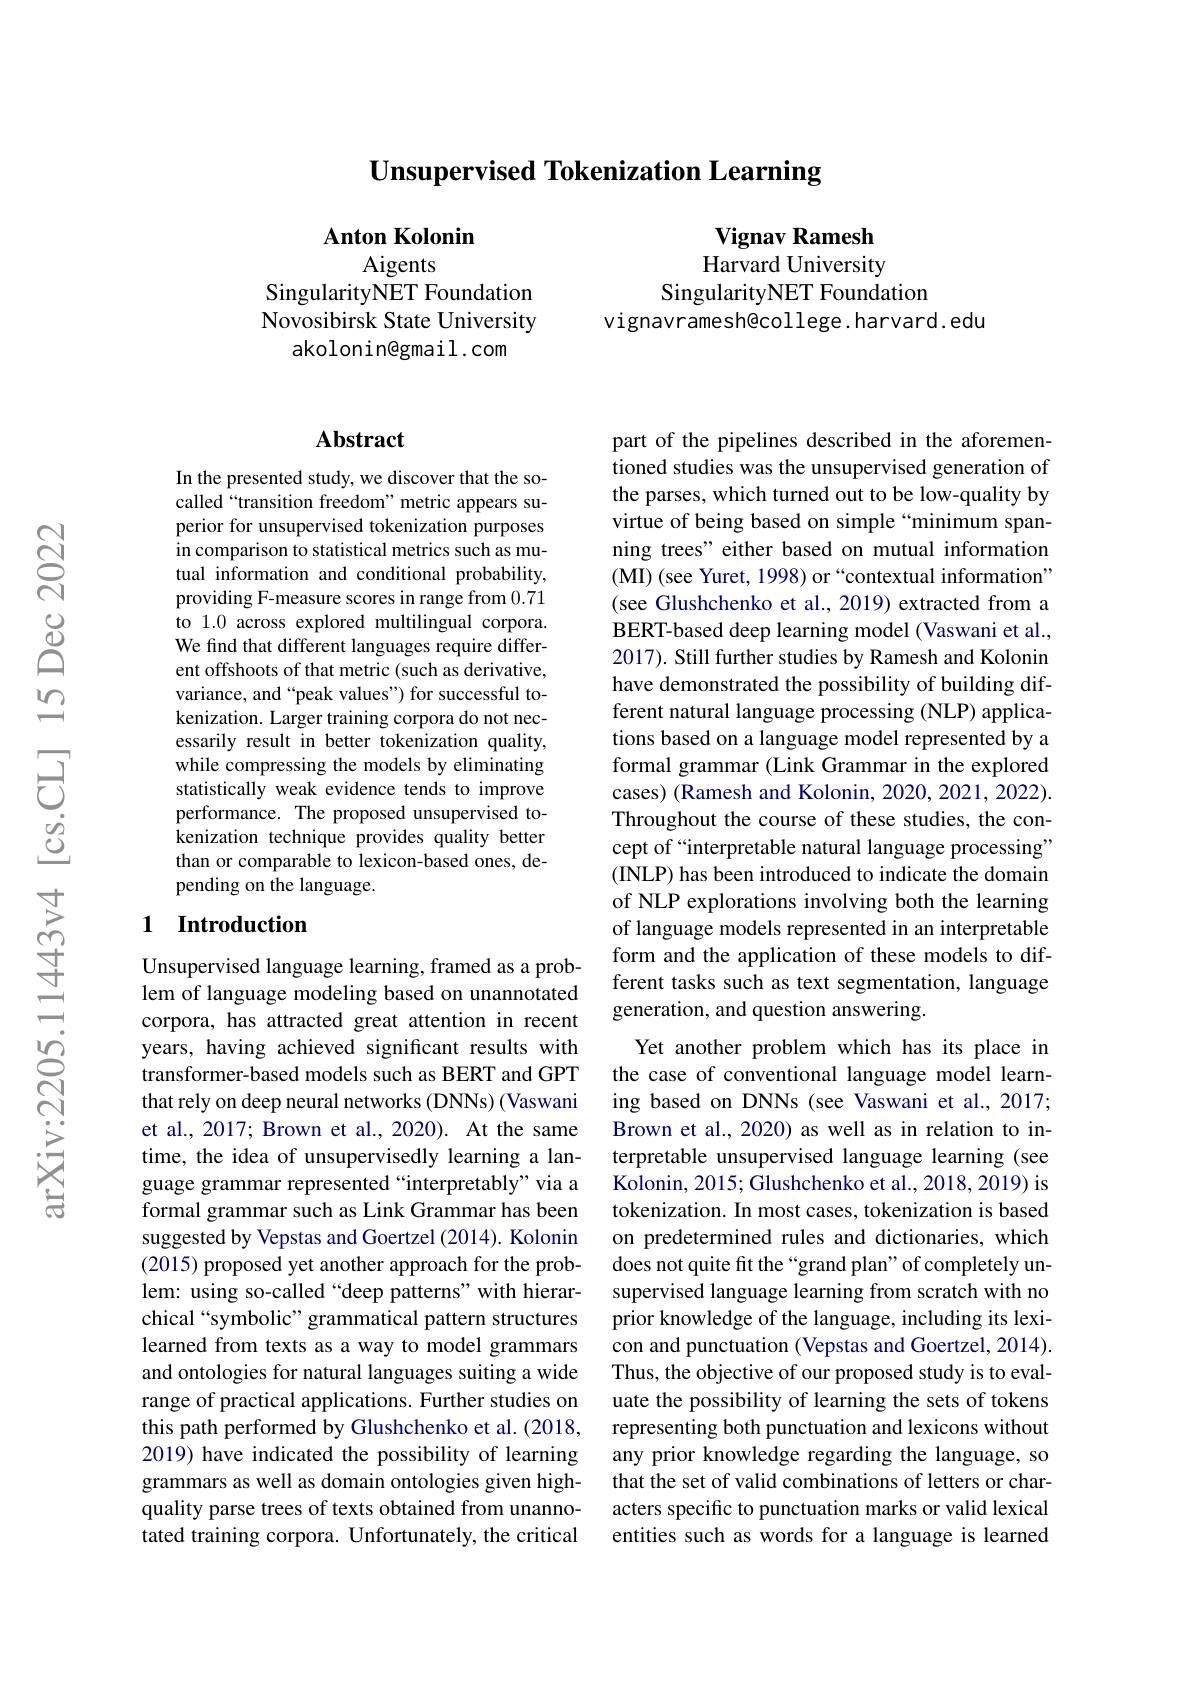
Unsupervised Tokenization Learning

Anton Kolonin

Vignav Ramesh Harvard University
SingularityNET Foundation
vignavramesh@college.harvard.edu

Aigents
SingularityNET Foundation Novosibirsk State University
akolonin@gmail.com

## Abstract

In the presented study, we discover that the socalled“transition freedom”metric appears superior for unsupervised tokenization purposes in comparison to statistical metrics such as mutual information and conditional probability, providing F-measure scores in range from 0.71 to 1.0 across explored multilingual corpora. We find that different languages require different offshoots of that metric (such as derivative, variance, and “peak values") for successful tokenization. Larger training corpora do not necessarily result in better tokenization quality, while compressing the models by eliminating statistically weak evidence tends to improve performance. The proposed unsupervised tokenization technique provides quality better than or comparable to lexicon-based ones, depending on the language.

## 1 Introduction

part of the pipelines described in the aforementioned studies was the unsupervised generation of the parses, which turned out to be low-quality by virtue of being based on simple“minimum spanning trees" either based on mutual information (MI) (see Yuret, 1998) or“contextual information” (see Glushchenko et al., 2019) extracted from a BERT-based deep learning model (Vaswani et al., 2017). Still further studies by Ramesh and Kolonin have demonstrated the possibility of building different natural language processing (NLP) applications based on a language model represented by a formal grammar (Link Grammar in the explored cases) (Ramesh and Kolonin, 2020, 2021, 2022). Throughout the course of these studies, the concept of “interpretable natural language processing” (INLP) has been introduced to indicate the domain of NLP explorations involving both the learning of language models represented in an interpretable form and the application of these models to different tasks such as text segmentation, language generation, and question answering.
Yet another problem which has its place in the case of conventional language model learning based on DNNs (see Vaswani et al., 2017; Brown et al., 2020) as well as in relation to interpretable unsupervised language learning (see Kolonin, 2015; Glushchenko et al., 2018, 2019) is tokenization. In most cases, tokenization is based on predetermined rules and dictionaries, which does not quite fit the“grand plan”of completely unsupervised language learning from scratch with no prior knowledge of the language, including its lexicon and punctuation (Vepstas and Goertzel, 2014). Thus, the objective of our proposed study is to evaluate the possibility of learning the sets of tokens representing both punctuation and lexicons without any prior knowledge regarding the language, so that the set of valid combinations of letters or characters specific to punctuation marks or valid lexical entities such as words for a language is learned

Unsupervised language learning, framed as a problem of language modeling based on unannotated corpora, has attracted great attention in recent years, having achieved significant results with transformer-based models such as BERT and GPT that rely on deep neural networks (DNNs) (Vaswani et al., 2017; Brown et al., 2020). At the same time, the idea of unsupervisedly learning a language grammar represented “interpretably”via a formal grammar such as Link Grammar has been suggested by Vepstas and Goertzel (2014). Kolonin (2015) proposed yet another approach for the problem: using so-called“deep patterns”with hierarchical “symbolic” grammatical pattern structures learned from texts as a way to model grammars and ontologies for natural languages suiting a wide range of practical applications. Further studies on this path performed by Glushchenko et al. (2018, 2019) have indicated the possibility of learning grammars as well as domain ontologies given highquality parse trees of texts obtained from unannotated training corpora. Unfortunately, the critical